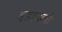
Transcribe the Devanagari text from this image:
इडापली